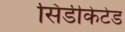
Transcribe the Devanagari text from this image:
सिंडीकेटेड